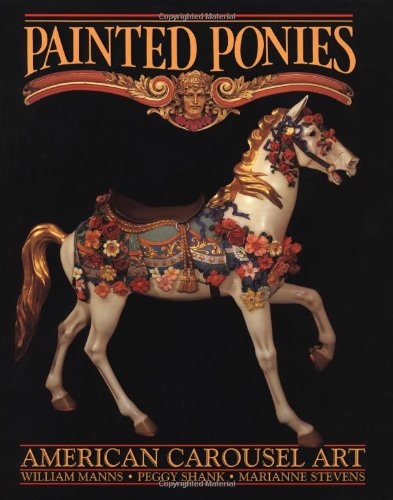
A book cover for Painted Ponies: American Carousel Art; William Manns; Crafts, Hobbies & Home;